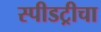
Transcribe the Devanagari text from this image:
स्पीडट्रीचा